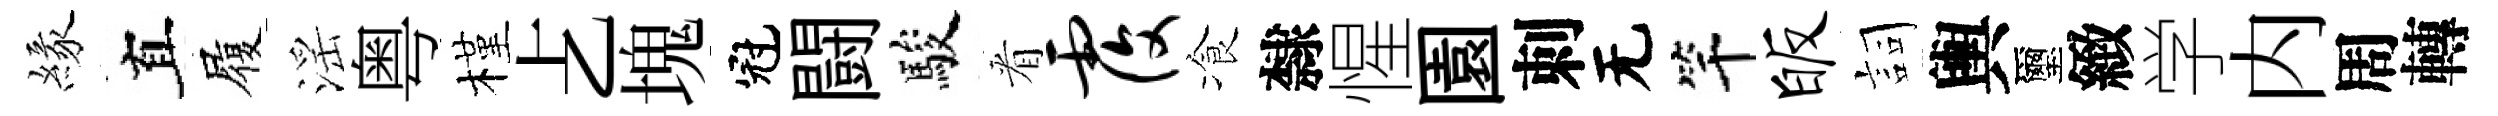
緣真履滛粤槿𠧒塊冠闘駿㸔覆飡隸惺園刺无竿皈詞輿璽緻学内周轉